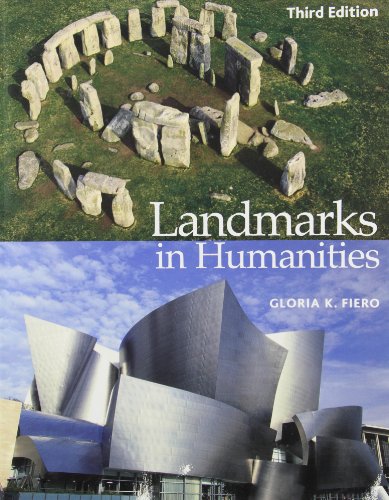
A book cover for Landmarks in Humanities, 3rd Edition; Gloria K. Fiero; Arts & Photography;